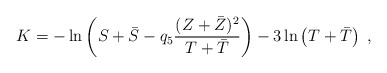
\begin{align*}K = -\ln\left( S+\bar{S}-q_5\frac{(Z+\bar{Z})^2}{T+\bar{T}}\right) -3\ln\left( T+\bar{T}\right)\; , \end{align*}